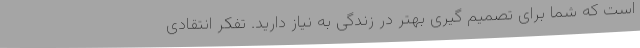
است که شما برای تصمیم گیری بهتر در زندگی به نیاز دارید. تفکر انتقادی